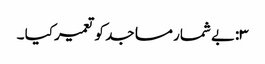
۳:بے شمار مساجد کو تعمیر کیا ۔